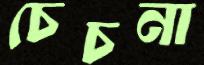
চেচনা